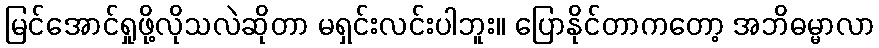
မြင်အောင်ရှုဖို့လိုသလဲဆိုတာ မရှင်းလင်းပါဘူး။ ပြောနိုင်တာကတော့ အဘိဓမ္မာလာ